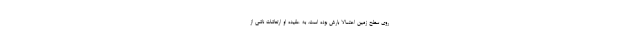
روی سطح زمین احتمالاً بارش بوده است. به عقیده او ارتعاشات ناشی از